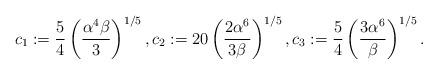
LaTeX: \begin{align*}c_{1}:=\frac{5}{4}\left(\frac{\alpha^{4}\beta}{3}\right)^{1/5},c_{2}:=20\left(\frac{2\alpha^{6}}{3\beta}\right)^{1/5},c_{3}:=\frac{5}{4}\left(\frac{3\alpha^{6}}{\beta}\right)^{1/5}.\end{align*}